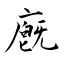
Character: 廐